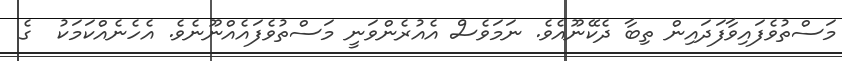
މަސްތުވެފައިވާފަދައިން ތިބާ ދެކޭނޫއެވެ. ނަމަވެސް އެއުރެންވަނީ މަސްތުވެފައެއްނޫނެވެ. އެހެނެއްކަމަކު  ގެ